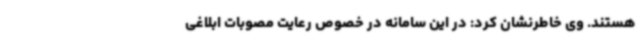
هستند. وی خاطرنشان کرد: در این سامانه در خصوص رعایت مصوبات ابلاغی